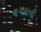
ચગદાવી